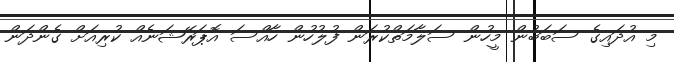
މި އުދައިގެ ސަބަބުން މީހުން ސަލާމަތްކުރަން ފުލުހުން ހާއްސަ އޮޕަރޭޝަނެއް ކުރިއަށް ގެންދަން